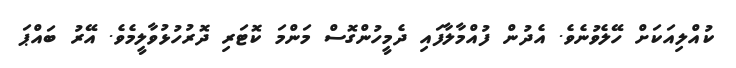
ކުއްލިއަކަށް ހޭލެވުނެވެ. އެދުން ފުއްމާލާފައި ދެމީހުންގޮސް މަންމަ ކޮޓަރި ދޮރުހުޅުވާލީމެވެ. އޭރު ބައްޕަ